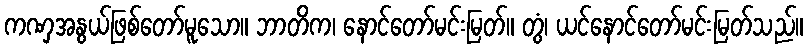
ကဏှအနွယ်ဖြစ်တော်မူသော။ ဘာတိက၊ နောင်တော်မင်းမြတ်။ တွံ၊ ယင်နောင်တော်မင်းမြတ်သည်။